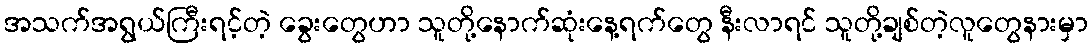
အသက်အရွယ်ကြီးရင့်တဲ့ ခွေးတွေဟာ သူတို့နောက်ဆုံးနေ့ရက်တွေ နီးလာရင် သူတို့ချစ်တဲ့လူတွေနားမှာ